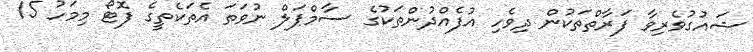
ޝައުގުވެރިވާ ފަރާތްތަކުން ދިވެހި އުފެއްދުންތަކުގެ ސާމްޕަލް ނުވަތަ އެތަކެތީގެ ފޮޓޯ މިމަހު 15